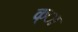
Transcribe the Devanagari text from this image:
क्ा